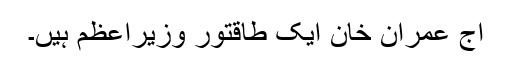
آج عمران خان ایک طاقتور وزیراعظم ہیں۔